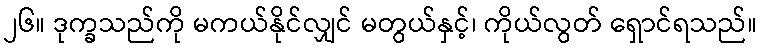
၂၆။ ဒုက္ခသည်ကို မကယ်နိုင်လျှင် မတွယ်နှင့်၊ ကိုယ်လွတ် ရှောင်ရသည်။